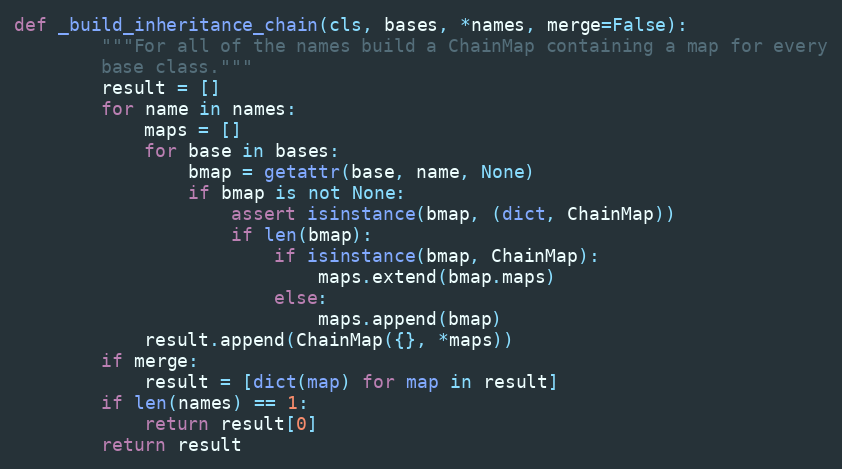
Language: Python
def _build_inheritance_chain(cls, bases, *names, merge=False):
        """For all of the names build a ChainMap containing a map for every
        base class."""
        result = []
        for name in names:
            maps = []
            for base in bases:
                bmap = getattr(base, name, None)
                if bmap is not None:
                    assert isinstance(bmap, (dict, ChainMap))
                    if len(bmap):
                        if isinstance(bmap, ChainMap):
                            maps.extend(bmap.maps)
                        else:
                            maps.append(bmap)
            result.append(ChainMap({}, *maps))
        if merge:
            result = [dict(map) for map in result]
        if len(names) == 1:
            return result[0]
        return result